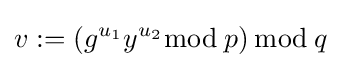
v:=\left(g^{u_{1}}y^{u_{2}}{\bmod {\,}}p\right){\bmod {\,}}q